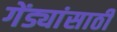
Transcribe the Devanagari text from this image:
गेंड्यांसाठी